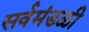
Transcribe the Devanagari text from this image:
सर्वमंडळी